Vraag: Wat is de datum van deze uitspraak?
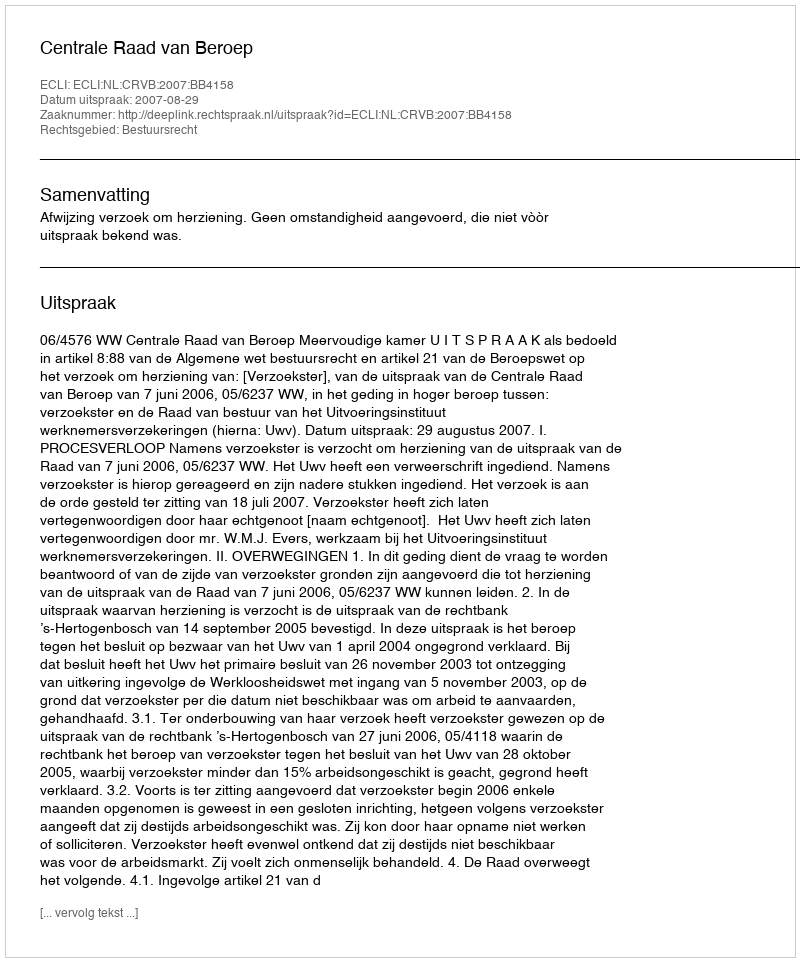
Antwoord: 2007-08-29